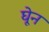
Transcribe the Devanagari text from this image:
घेून